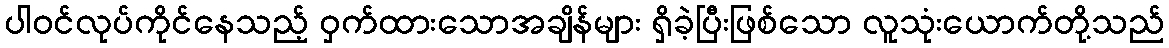
ပါဝင်လုပ်ကိုင်နေသည့် ဝှက်ထားသောအချိန်များ ရှိခဲ့ပြီးဖြစ်သော လူသုံးယောက်တို့သည်